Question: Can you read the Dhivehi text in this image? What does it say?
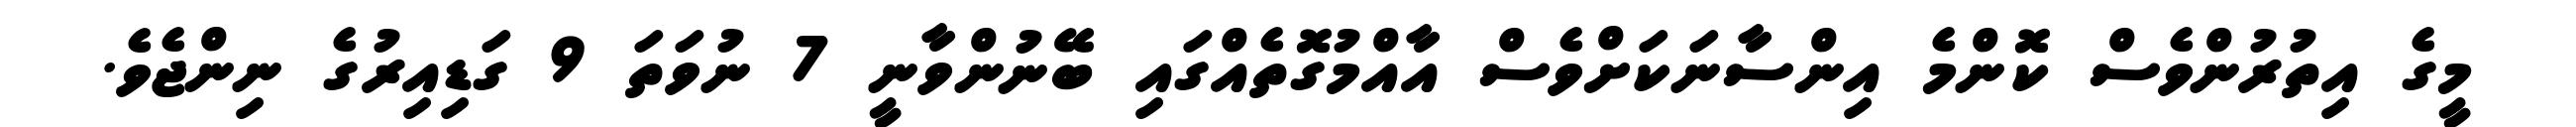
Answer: މީގެ އިތުރުންވެސް ކޮންމެ އިންސާނަކަށްވެސް އާއްމުގޮތެއްގައި ބޭނުންވާނީ 7 ނުވަތަ 9 ގަޑިއިރުގެ ނިންޖެވެ.